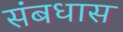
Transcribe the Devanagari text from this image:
संबधास